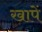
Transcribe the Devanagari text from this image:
खापें